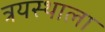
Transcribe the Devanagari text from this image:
त्रयस्थाला